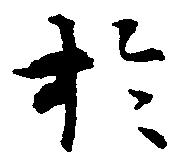
於